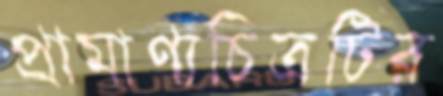
প্রামাণ্যচিত্রটির